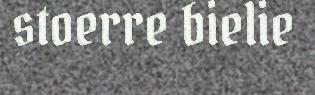
stoerre bielie